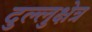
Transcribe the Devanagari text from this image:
दुल्लुक्षेत्र